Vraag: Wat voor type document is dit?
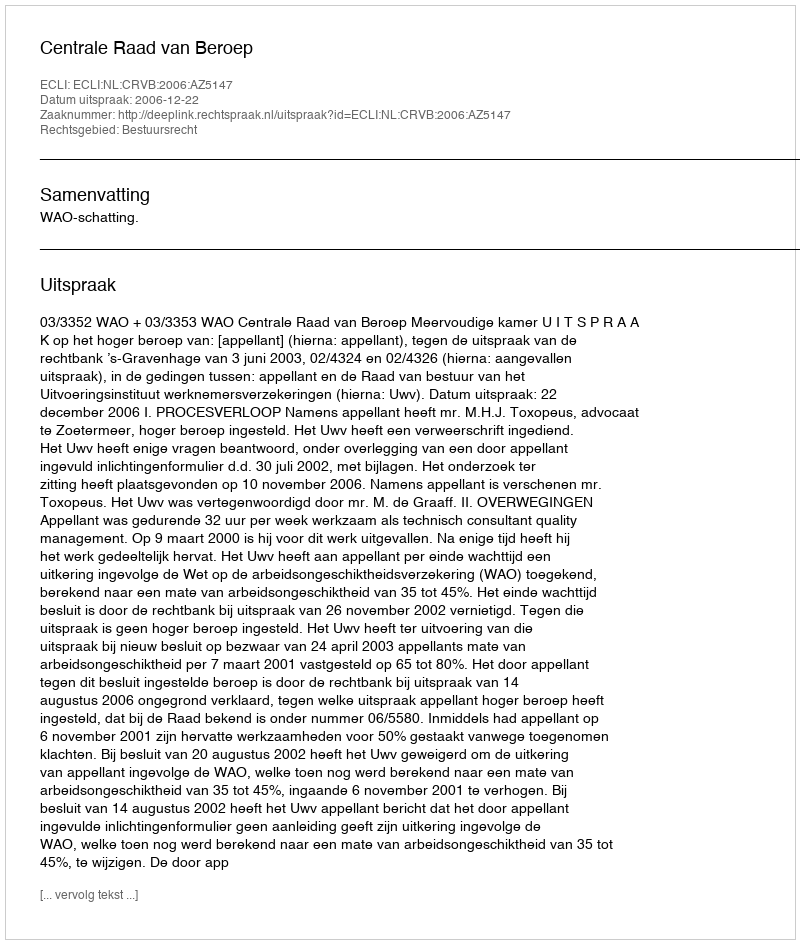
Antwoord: Uitspraak